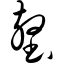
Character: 壑